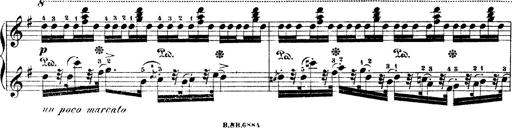
Title: Illustrations de l'opÃ©ra L'Africaine
Composer: Franz Liszt